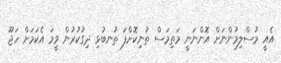
އެއީ މުސްލިމުންނަށް އޮންނަނީ މަތިމަސް ތުނިކޮށްފަ ތުނބުޅި ދިގުކުރުން ވީމަ އެކަމަށް ހަޖޫ